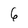
Character: 6